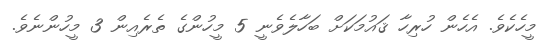
މީހެކެވެ. އެހެން ހުރިހާ ޤައުމަކަށް ބަހާލެވެނީ 5 މީހުންގެ ތެރެއިން 3 މީހުންނެވެ.